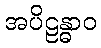
အပိဠန္ဓာဝ